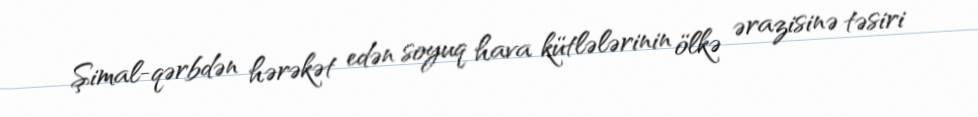
Şimal-qərbdən hərəkət edən soyuq hava kütlələrinin ölkə ərazisinə təsiri